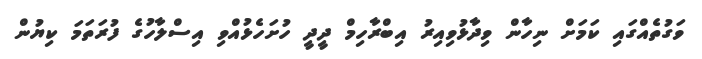
ވަގުތެއްގައި ކަމަށް ނިހާން ވިދާޅުވިއިރު އިބްރާހިމް ދީދީ ހުށަހެޅުއްވި އިސްލާހުގެ ފުރަތަމަ ކިޔުން